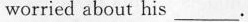
worried about his_.